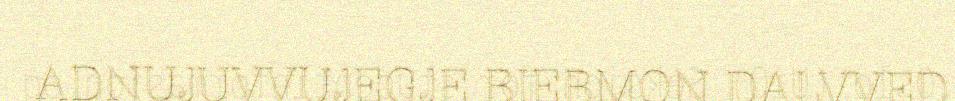
ADNUJUVVUJEGJE BIEBMON DALVVED.